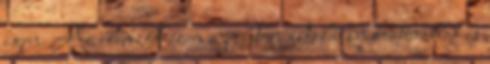
igen. Az elemzők ezen a ponton általában óvatosabbak, s